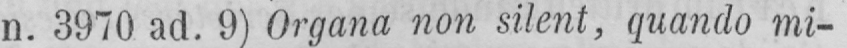
n. 3970 ad. 9) Organa non silent, quando mi-